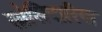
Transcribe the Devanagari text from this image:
सोलिदारिया